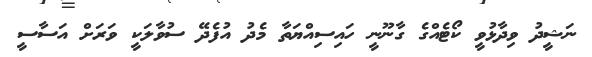
ނަޝީދު ވިދާޅުވީ ކޯޓެއްގެ ގާނޫނީ ހައިސިއްޔަތާ މެދު އުފެދޭ ސުވާލަކީ ވަރަށް އަސާސީ